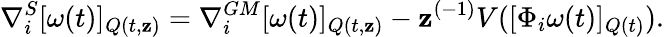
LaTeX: \nabla_{i}^{S}[\omega(t)]_{Q(t,\mathbf{z})}=\nabla_{i}^{GM}[\omega(t)]_{Q(t,\mathbf{z})}-\mathbf{z}^{(-1)}V([\Phi_{i}\omega(t)]_{Q(t)}).